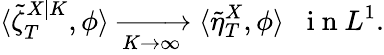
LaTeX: \langle\tilde{\zeta}_{T}^{X|K},\phi\rangle\xrightarrow[K\to\infty]{}\langle\tilde{\eta}_{T}^{X},\phi\rangle\; \; \mathrm{~i~n~}L^{1}.